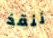
ننقذ